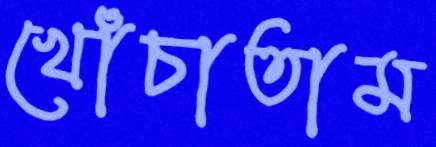
খোঁচাতাম